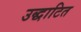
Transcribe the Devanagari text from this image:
उद्धाटित